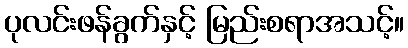
ပုလင်းဖန်ခွက်နှင့် မြည်းစရာအသင့်။